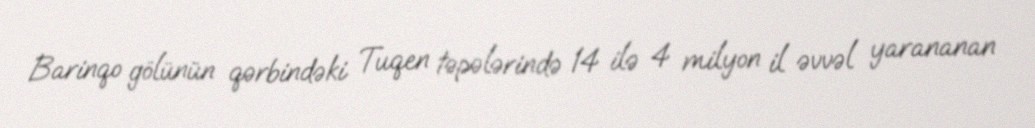
Barinqo gölünün qərbindəki Tuqen təpələrində 14 ilə 4 milyon il əvvəl yarananan